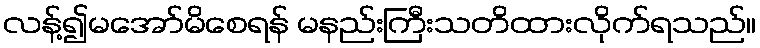
လန့်၍မအော်မိစေရန် မနည်းကြီးသတိထားလိုက်ရသည်။